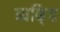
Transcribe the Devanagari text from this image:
व्यकि्‌त